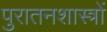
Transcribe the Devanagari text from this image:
पुरातनशास्त्रों